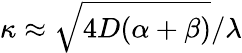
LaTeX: \kappa\approx\sqrt{4D(\alpha+\beta)}/\lambda